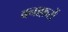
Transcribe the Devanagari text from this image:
बनाफ़रों